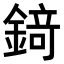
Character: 𨪆